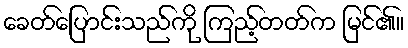
ခေတ်ပြောင်းသည်ကို ကြည့်တတ်က မြင်၏။